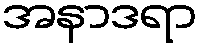
အနာဒရာ